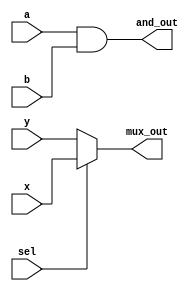
module simple_logic (
    input wire a,        // First input for AND gate
    input wire b,        // Second input for AND gate
    input wire sel,      // Select input for multiplexer
    input wire x,        // Input for multiplexer
    input wire y,        // Input for multiplexer
    output wire and_out, // Output of AND gate
    output wire mux_out   // Output of multiplexer
);

// Continuous assignment for AND gate
assign and_out = a & b; // and_out is continuously driven by the AND of a and b

// Continuous assignment for 2-to-1 multiplexer
assign mux_out = sel ? x : y; // mux_out is driven by x if sel is 1, otherwise y

endmodule